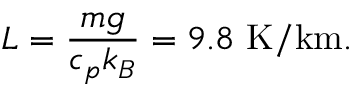
L = { \frac { m g } { c _ { p } k _ { B } } } = 9 . 8 \mathrm { \ K / k m } .